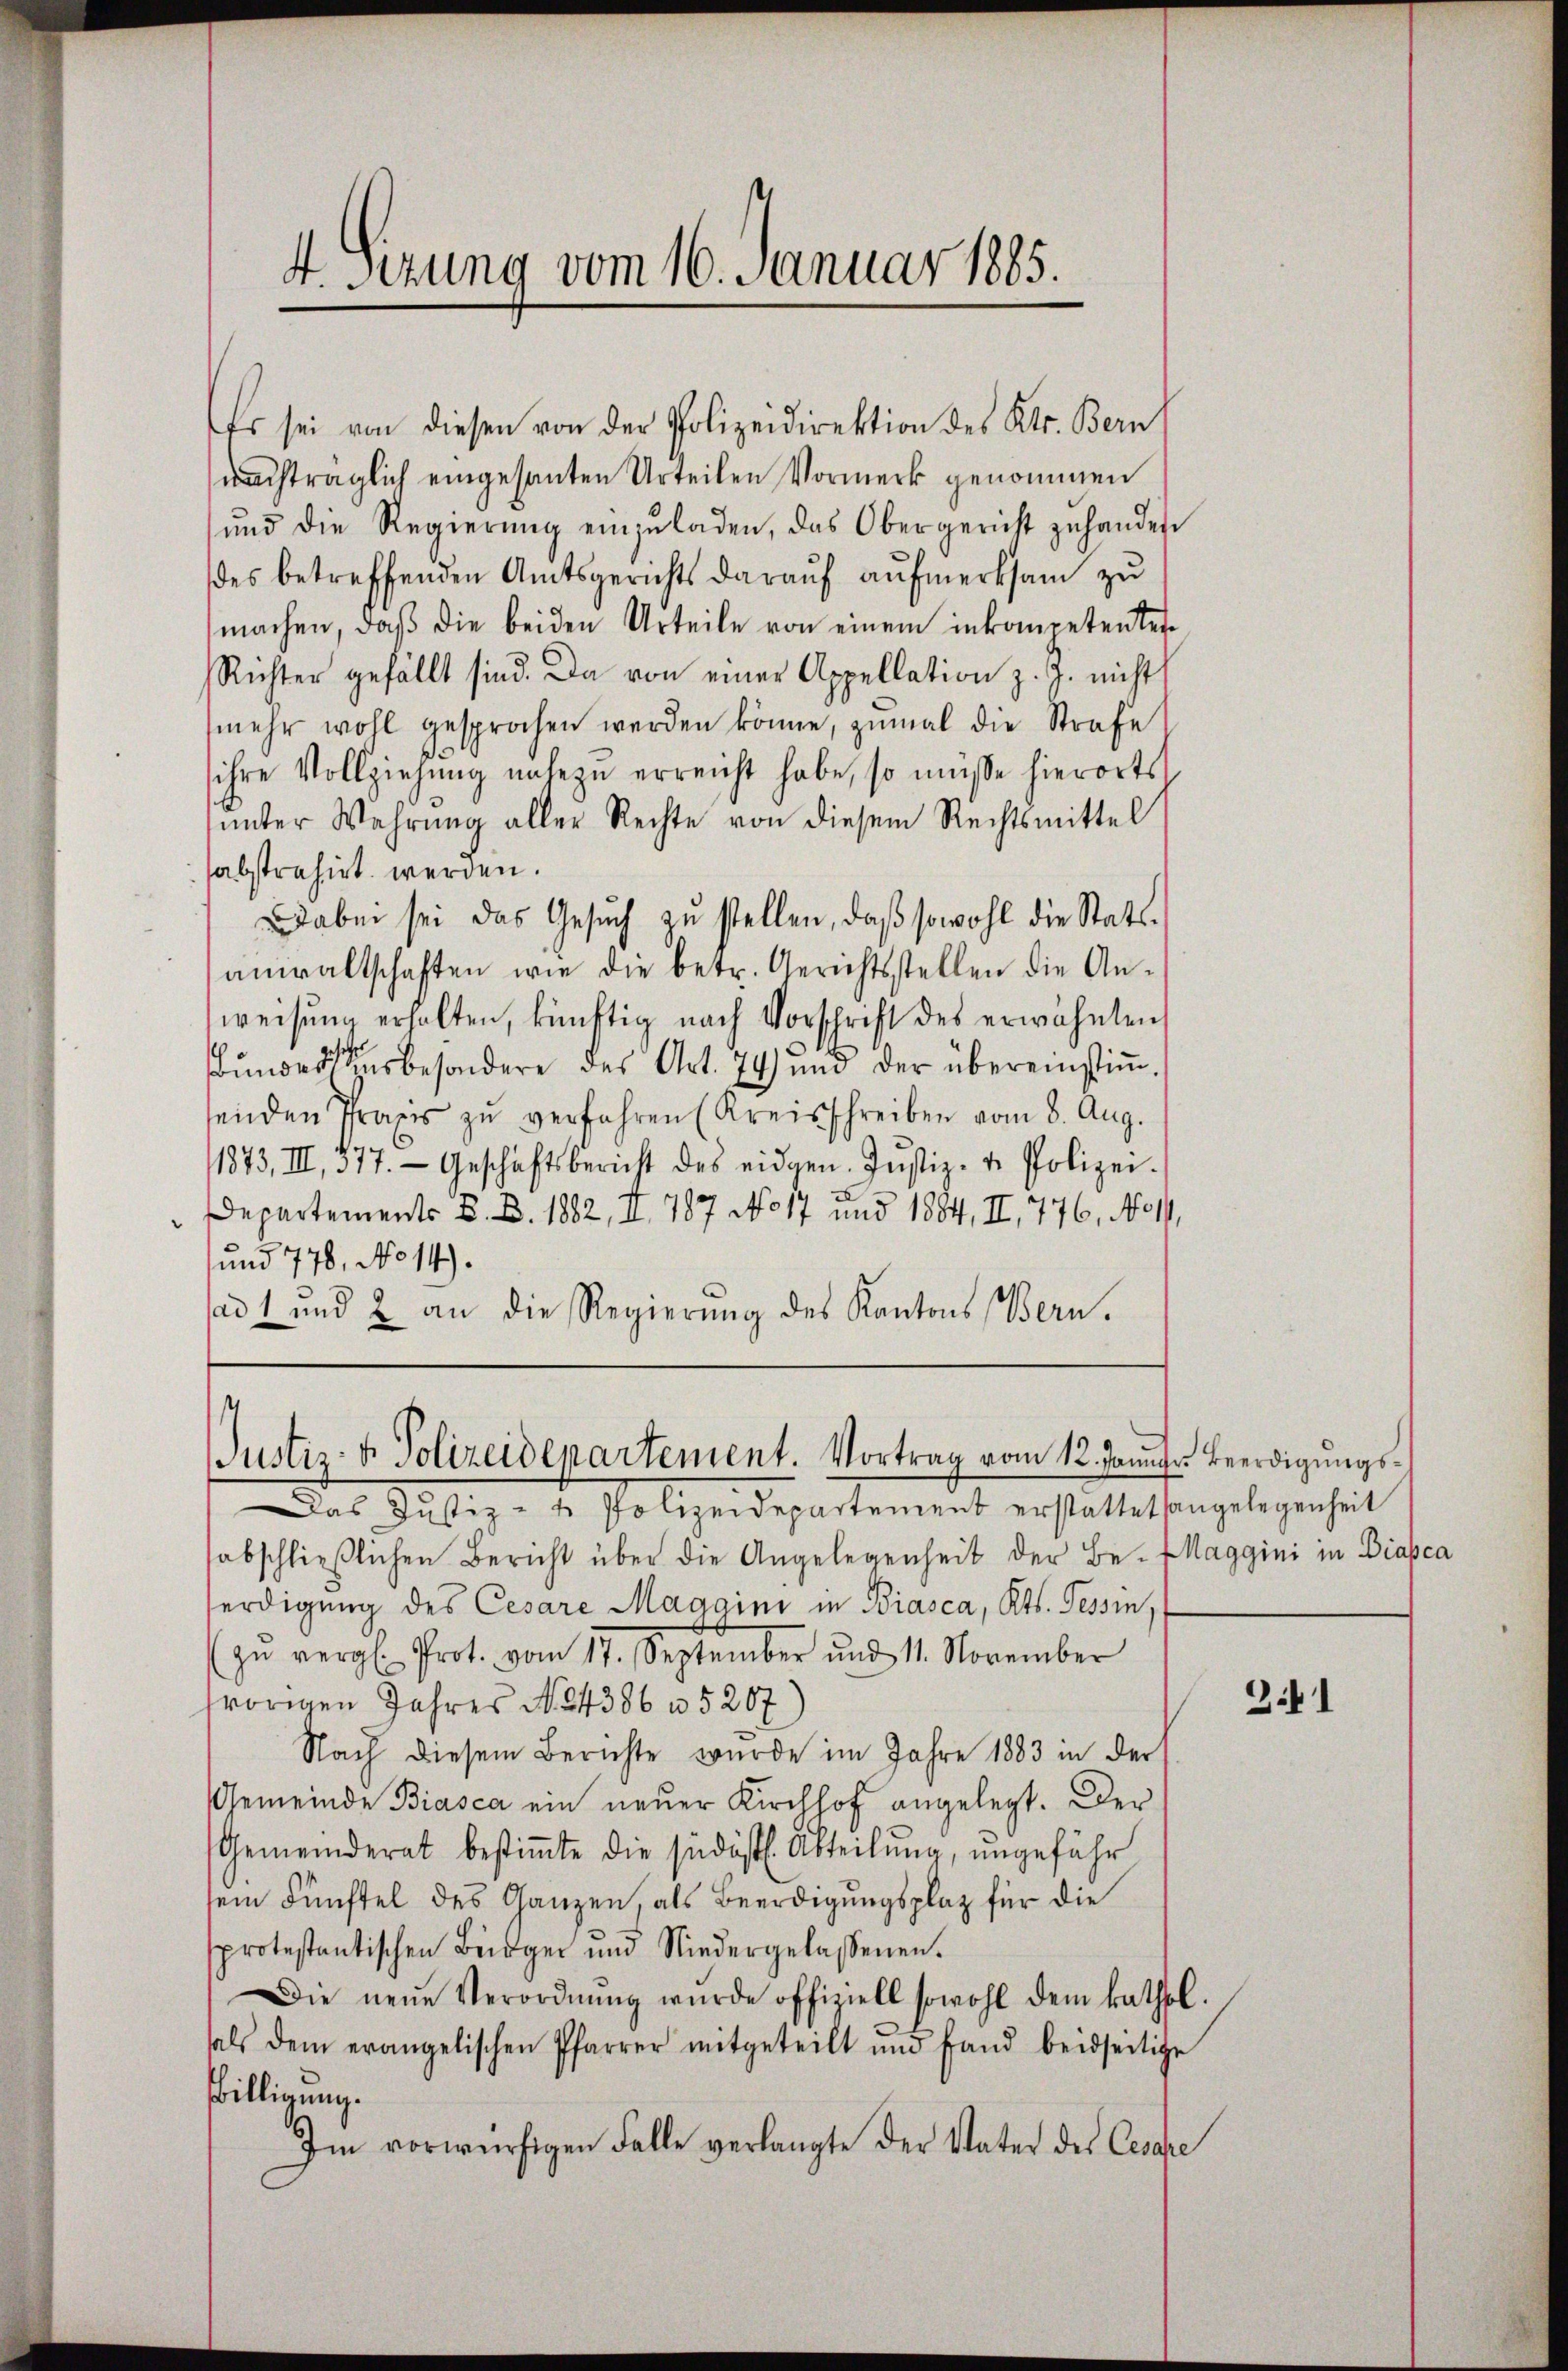
4. Sizung vom 16. Januar 1885.

Es sei von diesen von der Polizeidirektion des Kts. Bern
(nachträglich eingesanten Urteilen Vormerk genommen
ŭnd die Regierŭng einzŭladen, das Obergericht zuhanden
des betreffenden Amtsgerichts darauf aufmerksam zu
machen, daß die beiden Urteile von einem inkompetenter
Richter gefällt sind. Da von einer Appellation z. J. nicht
mehr wohl gesprochen werden könne, zumal die Strafe
ihre Vollziehung nahezu erreicht habe, so müsse hierorts
ŭnter Wahrŭng aller Rechte von diesem Rechtsmittel
sabstrahirt werden.
Dabei sei das Gesŭch zŭ stellen, daβ sowohl die Stats-
anwaltschaften wie die betr. Gerichtsstellen die An-
weisung erhalten, künftig nach Vorschrift des erwähnten
Bunders eines besondere des Art. 74 und der übereinstiṁ-
senden Praxis zŭ verfahren (Kreisschreiben vom 8. Aug.
1873, III, 877. Geschäftsbericht des eidgen. Jŭstiz- u. Polizei-
Departements B. B. 1882, II. 787 No 17 und 1884, II, 776, No 11,
und 778, No 14).
sad 1 und 2 an die Regierŭng des Kantons Bern.

Justiz- & Polizeidepartement. Vortrag vom 12. Januar Beerdigŭngs-

Das Justiz- & Polizeidepartement erstattet sangelegenheit
sabschlieβlichen Bericht über die Angelegenheit der Be- MMaggini in Biasca
erdigung des Cesare Maggini in Biasca, Kts. Tessin,
zŭ vergl. Prot. vom 17. September und 11. November
vorigen Jahres No 4386 n 5207
Nach diesem Berichte wurde im Jahre 1883 in der
Gemeinde Biasca ein neuer Kirchhof angelegt. Der
Gemeinderat bestiṁte die südöstl. Abteilung, ungeführ
sein Fünftel des Ganzen, als Beerdigungsplatz für die
sprotestantischen Bürger und Niedergelassenen.
Die neue Verordnŭng wurde offiziell sowohl dem kathol.
als dem erangelischen Pfarrer mitgeteilt und fand beidseitige
willigung.
Im vorwürfigen Falle verlangte der Vater des Cesare

3.41